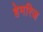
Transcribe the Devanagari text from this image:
हेमरिज